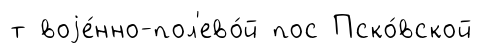
т воjе́нно-пол'ево́й пос Пско́вской